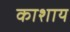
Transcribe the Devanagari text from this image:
काशाय